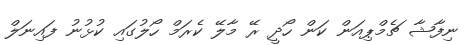
ނިފާޝާ ޗެމްޕިއަން ކަން ހޯދީ ރޭ މާލޭ ކެރަމް ހޯލުގައި ކުޅުނު ފައިނަލް